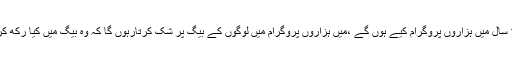
ان کا کہناتھا کہ میں نے 12 سال میں ہزاروں پروگرام کیے ہوں گے ،میں ہزاروں پروگرام میں لوگوں کے بیگ پر شک کرتارہوں گا کہ وہ بیگ میں کیا رکھ کر لائیں ہیں، ایسے نہیں ہوتا ۔